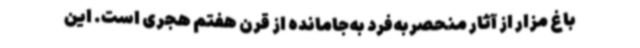
باغ مزار از آثار منحصربه‌فرد به‌جامانده از قرن هفتم هجری است. این